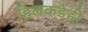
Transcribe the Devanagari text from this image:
हिलकडेही